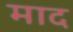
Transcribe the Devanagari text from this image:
माद